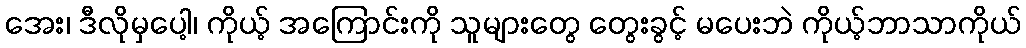
အေး၊ ဒီလိုမှပေါ့၊ ကိုယ့် အကြောင်းကို သူများတွေ တွေးခွင့် မပေးဘဲ ကိုယ့်ဘာသာကိုယ်